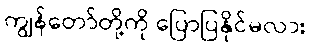
ကျွန်တော်တို့ကို ပြောပြနိုင်မလား